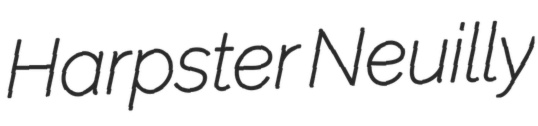
Harpster Neuilly